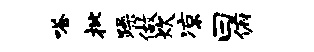
嗒批躁做炊凉曰俯